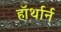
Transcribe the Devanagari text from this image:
हॉर्थार्न